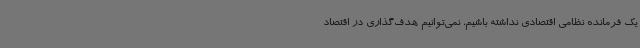
یک فرمانده نظامی اقتصادی نداشته باشیم، نمی‌توانیم هدف‌گذاری در اقتصاد